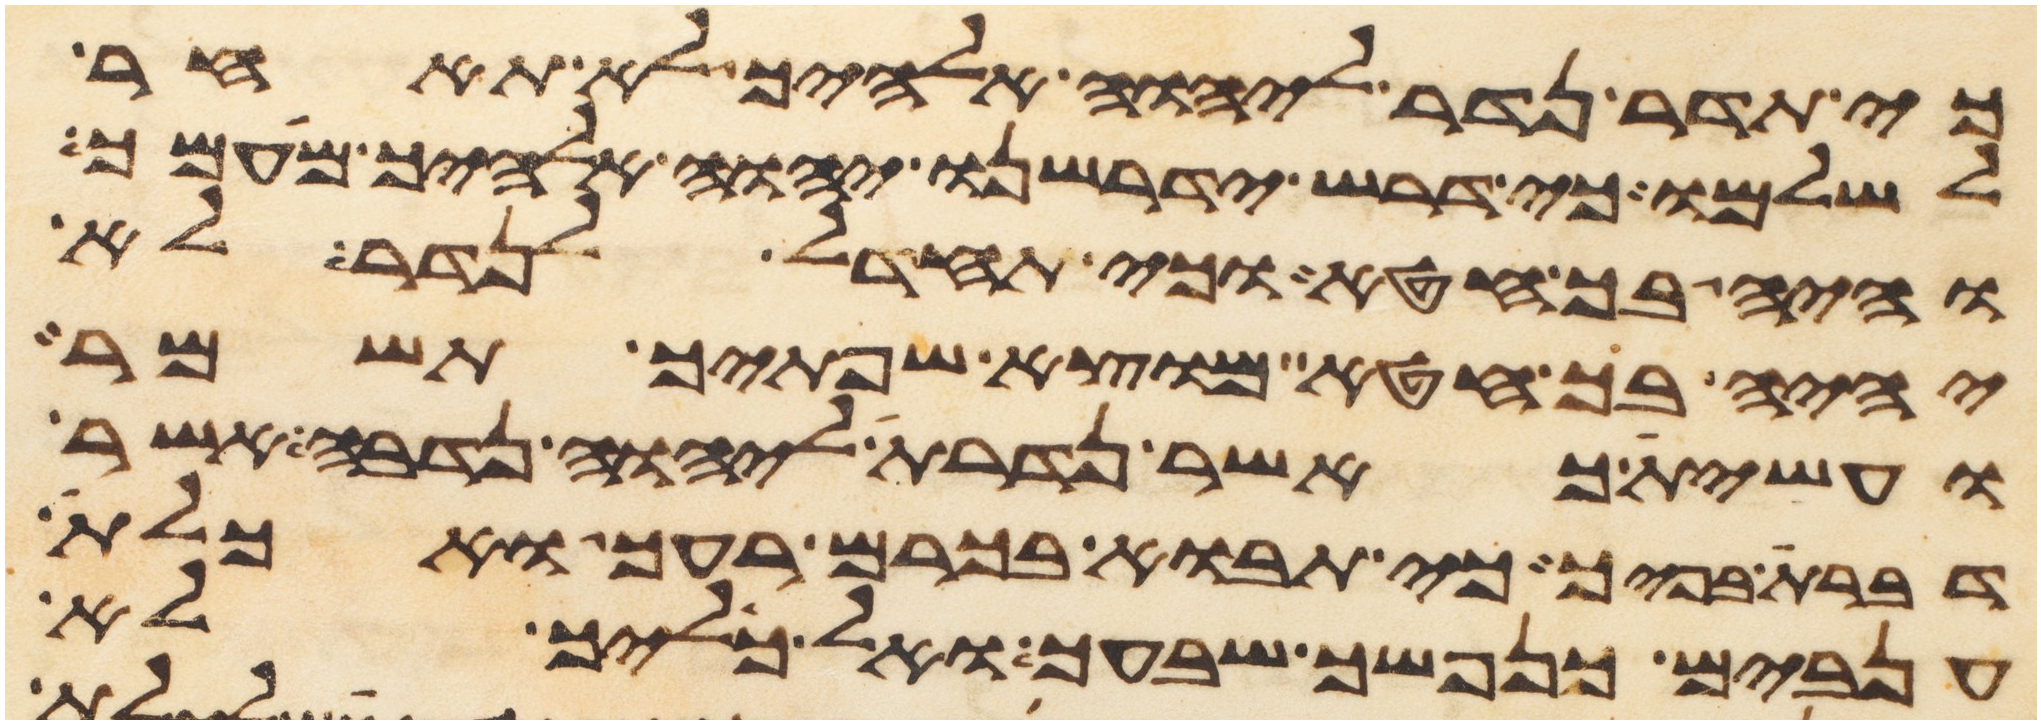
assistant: כי תדר נדר ליהוה אלהיך לא תאחר
לשלמו כי דרש ידרשנו יהוה אלהיך מעמך
והיה בך חטא וכי תחדל לנדר לא
יהיה בך חטא מוצא שפתיך תשמר
ועשית כאשר נדרת ליהוה נדבה אשר
דברת בפיך כי תבוא בכרם רעך ואכלת
ענבים כנפשך שבעך ואל כליך לא